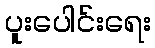
ပူးပေါင်းရေး